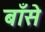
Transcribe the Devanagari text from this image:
बाँसे